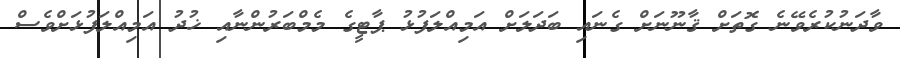
ވާދަނުކުރެވޭނެ ގޮތަށް ޤާނޫނަށް ގެނައި ބަދަލަށް އަމިއްލަފުޅު ޕާޓީގެ މެމްބަރުންނާއި ޚުދު އަމިއްލަފުޅަށްވެސް